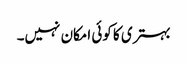
بہتری کا کوئی امکان نہیں۔